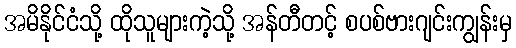
အမိနိုင်ငံသို့ ထိုသူများကဲ့သို့ အန်တီတင့် စပစ်ဗားဂျင်းကျွန်းမှ